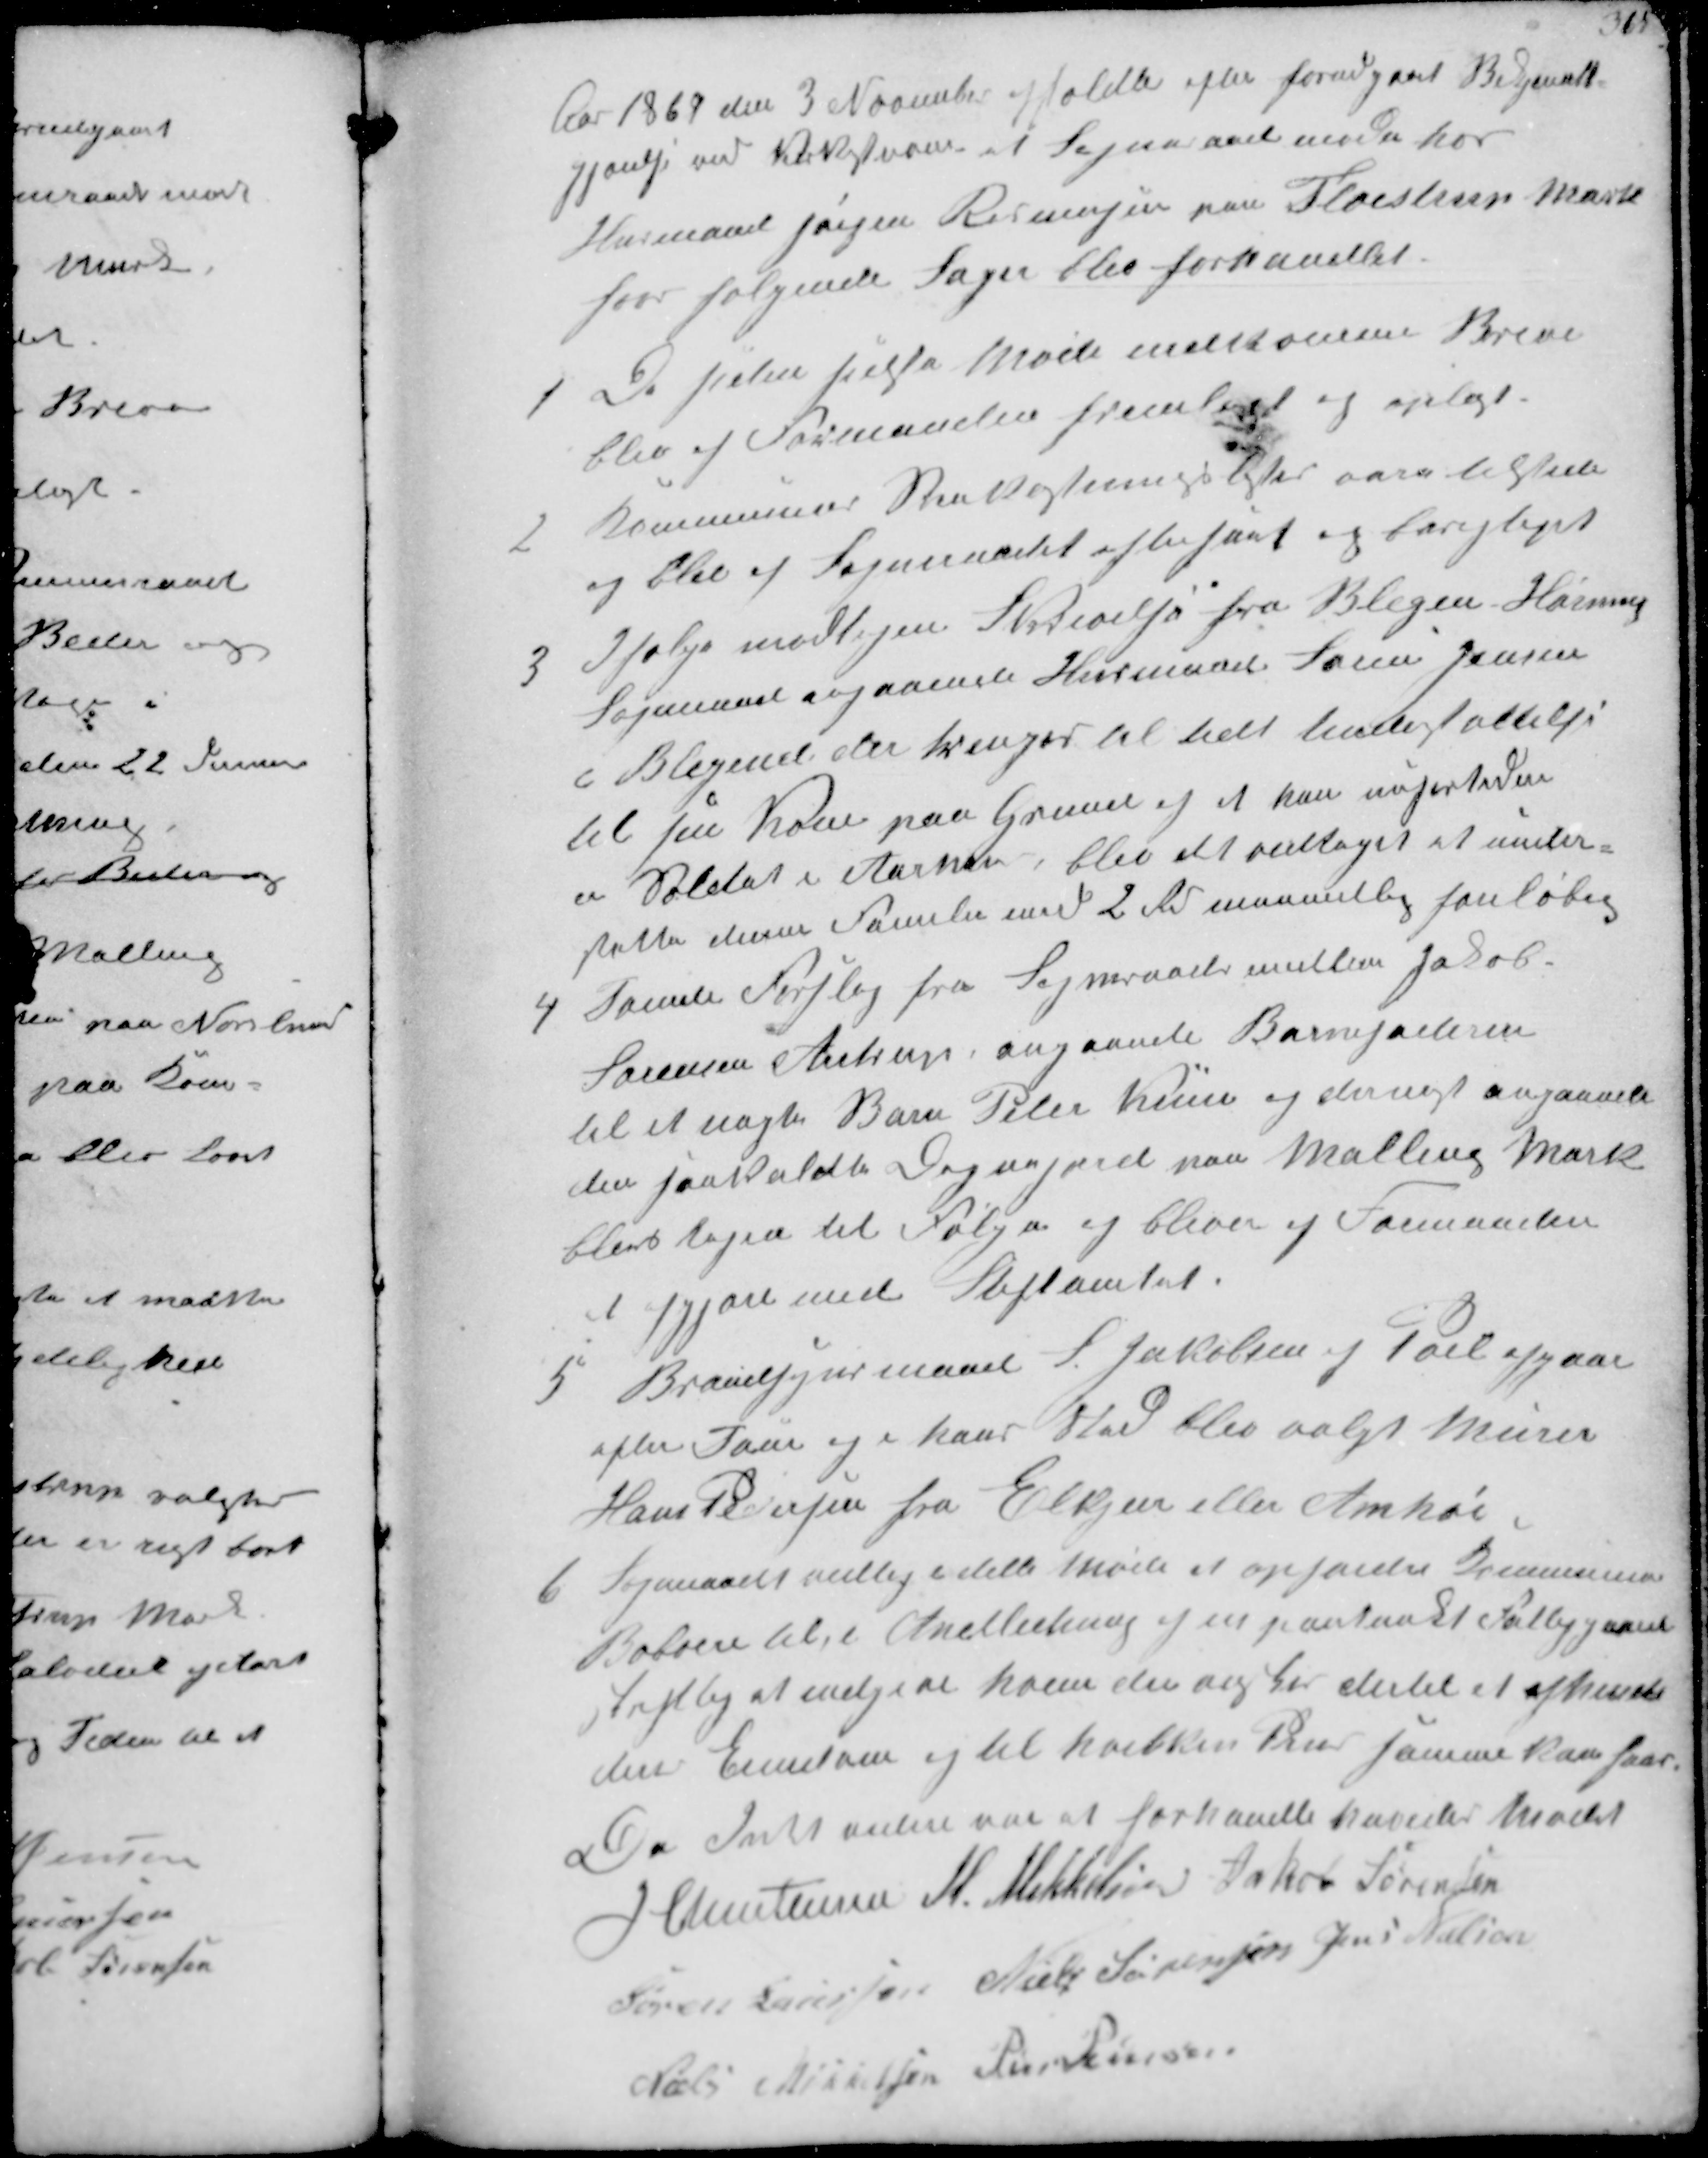
Transskription:
Aar 1869 den 3 November afholdtes efter forudgaaet Bekjendt-
gjørelse ved Kirkestævne et Sogneraadsmøde hos
Husmand Jørgen Rasmusen paa Fløistrup Mark
hvor følgende Sager blev forhandlet.

1
De siden sidste Møde indkomne Breve
blev af Formanden fremlagt og oplæst

2
Kommunens Snekastningslister vere tilstede
og blev af Sognemaalet eftergaat og berigtiget

3
Ifølge modtagen Skrivelse fra Blegin Hørning
Sognerad angaaende Husmand Søren Jensen
i Blegind der trenger til helt Understøttelse
til sin Kone paa Grund og at han nufortiden
er Soldat i Aarhus blev det vedtaget at under-
støtte denne Familie med 2 Rd maanedlig foreløbig

4
samme Forslag fra Sogneraadsmedlem Jakob
Sørensen Aistrup, angaaende Barnefaderen
til et uægte Barn Peter Kün og dernæst angaaende
den saakaldte Degnejord paa Malling Mark
blev tagen til Følge og bliver af Formanden
at afgjøre med Stiftamtet

5
Brandsynsmand S. Jacobsen i Pøel afgaar
efter Tour og i hans Sted blev valgt Murer
Hans Pedersen fra Elkjær eller Amhøi

6
Sogneraadet vedtog i dette Møde at opfordre Kommunens
Beboere til i Anledning af en paatænkt Fattiggaard
skriftlig at indgive hvem de ønsker dertil at afhænde
deres Ejendom og til hvilken Pris samme kan faas
Da Intet videre var at forhandle hævedes Mødet
J Christensen M. Mikkelsen Jakob Sørensen
Søren Laursen Niels Sørensen Jens Nielsen
Niels Mikkelsen Peder Pedersen